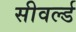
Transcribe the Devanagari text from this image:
सीवर्ल्ड